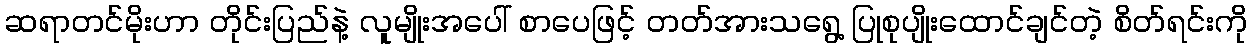
ဆရာတင်မိုးဟာ တိုင်းပြည်နဲ့ လူမျိုးအပေါ် စာပေဖြင့် တတ်အားသရွေ့ ပြုစုပျိုးထောင်ချင်တဲ့ စိတ်ရင်းကို